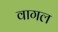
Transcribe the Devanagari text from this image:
वागल